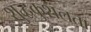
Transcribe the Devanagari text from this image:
शुद्धकुशलता